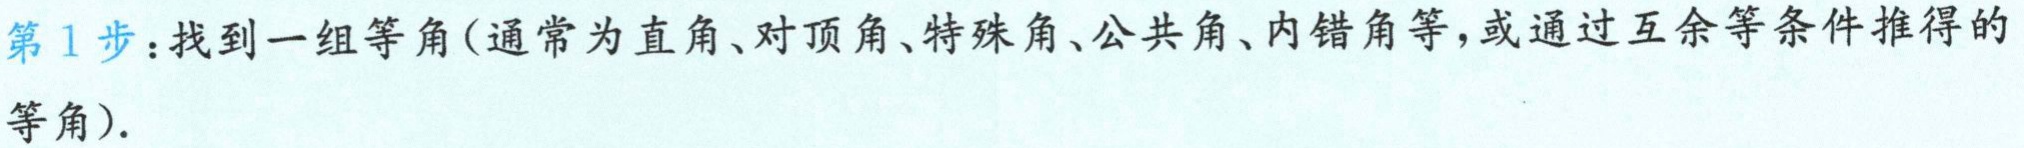
第1步：找到一组等角(通常为直角、对顶角、特殊角、公共角、内错角等，或通过互余等条件推得的等角).